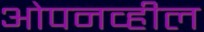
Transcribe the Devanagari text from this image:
ओपनव्हील